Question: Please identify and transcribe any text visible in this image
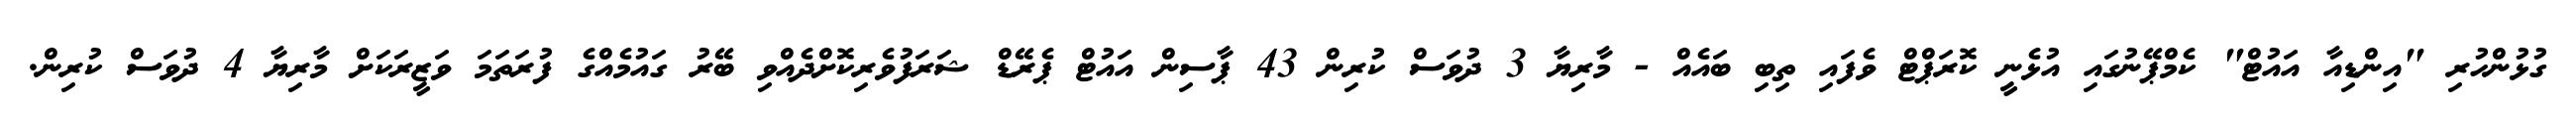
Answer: ގުޅުންހުރި "އިންޑިއާ އައުޓް" ކެމްޕޭނުގައި އުޅެނީ ކޮރަޕްޓް ވެފައި ތިބި ބައެއް - މާރިޔާ 3 ދުވަސް ކުރިން 43 ޕާސިން އައުޓް ޕެރޭޑް ޝަރަފުވެރިކޮށްދެއްވި ބޭރު ގައުމެއްގެ ފުރަތަމަ ވަޒީރަކަށް މާރިޔާ 4 ދުވަސް ކުރިން.